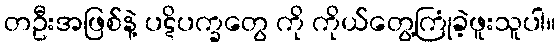
တဦးအဖြစ်နဲ့ ပဋိပက္ခတွေ ကို ကိုယ်တွေ့ကြုံခဲ့ဖူးသူပါ။